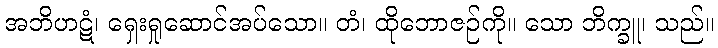
အဘိဟဋံ၊ ရှေးရှုဆောင်အပ်သော။ တံ၊ ထိုဘောဇဉ်ကို။ သော ဘိက္ခူ၊ သည်။